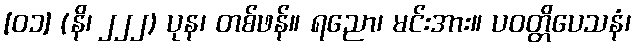
[၀၁] (နိ၊ ၂၂၂) ပုန၊ တစ်ဖန်။ ရညော၊ မင်းအား။ ပဝတ္တိပေသနံ၊